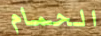
الحمام